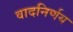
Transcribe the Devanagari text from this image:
वादनिर्णय